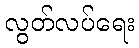
လွတ်လပ်ရေး